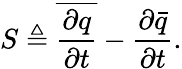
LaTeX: S\triangleq\overline{{\frac{\partial{}q}{\partial{}t}}}-\frac{\partial{}\bar{q}}{\partial{}t}.